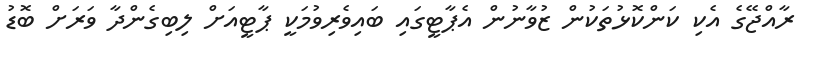
ރާއްޖޭގެ އެކި ކަންކޮޅުތަކުން ޒުވާނުން އެޕާޓީގައި ބައިވެރިވުމަކީ ޕާޓީއަށް ލިބިގެންދާ ވަރަށް ބޮޑު